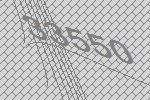
33550